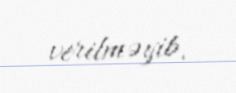
verilməyib.